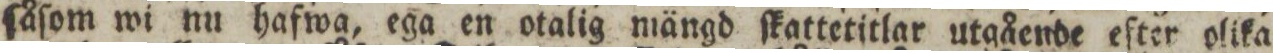
ſåſom wi nu hafwa, ega en otalig mängd ſkattetitlar utgående efter olika